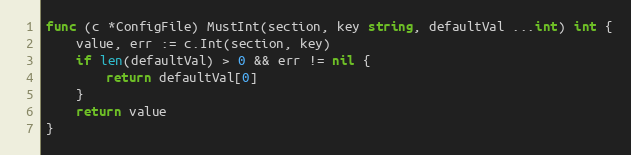
Language: Go
func (c *ConfigFile) MustInt(section, key string, defaultVal ...int) int {
	value, err := c.Int(section, key)
	if len(defaultVal) > 0 && err != nil {
		return defaultVal[0]
	}
	return value
}